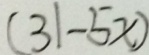
( 3 1 - 5 x )